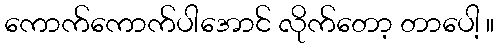
ကောက်ကောက်ပါအောင် လိုက်တော့ တာပေါ့ ။